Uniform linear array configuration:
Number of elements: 16
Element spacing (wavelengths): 0.5
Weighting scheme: hamming
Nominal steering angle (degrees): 30
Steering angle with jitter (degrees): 29.501
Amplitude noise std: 0.05
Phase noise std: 0.05

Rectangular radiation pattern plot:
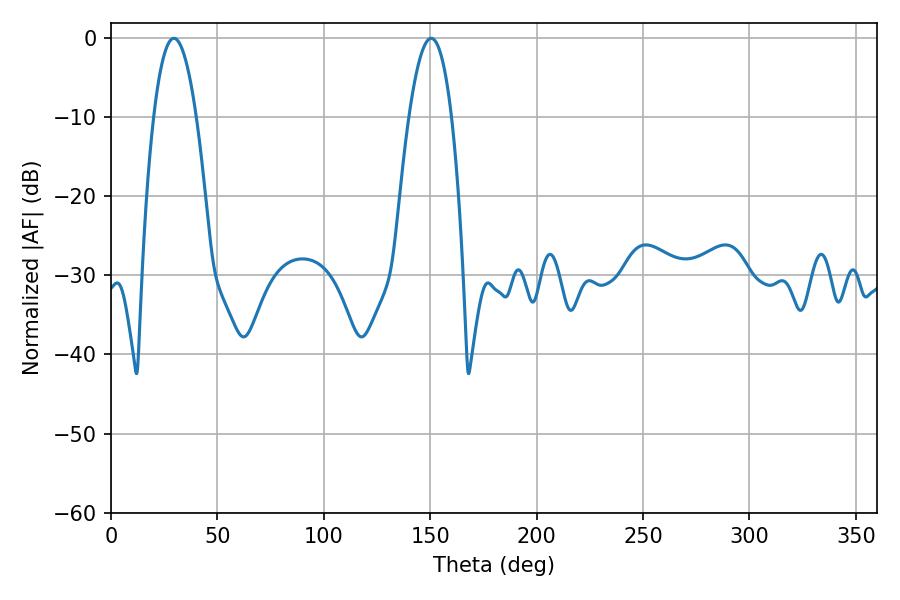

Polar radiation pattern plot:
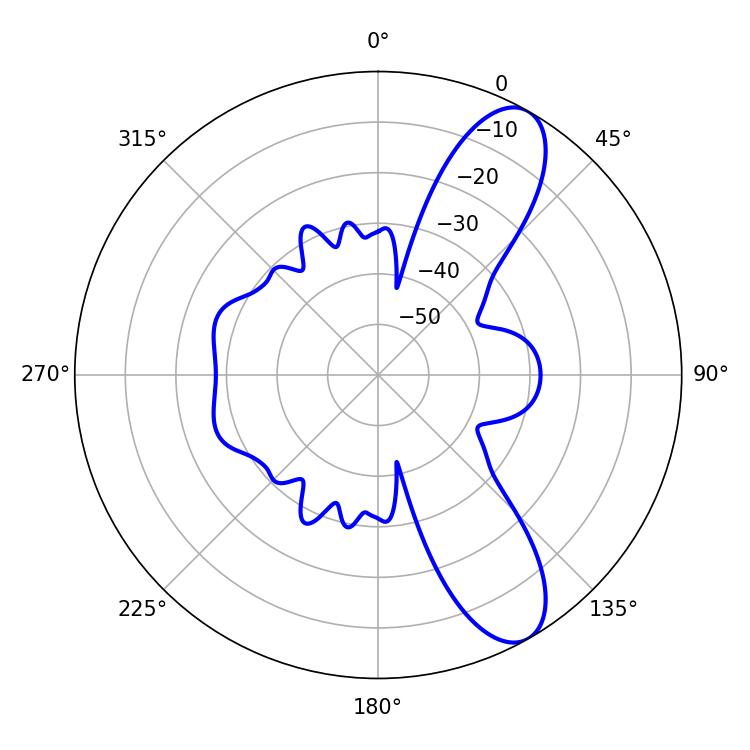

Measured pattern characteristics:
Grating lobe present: FALSE
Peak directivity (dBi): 9.928
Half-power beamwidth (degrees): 11.16
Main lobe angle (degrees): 150.48